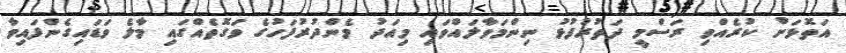
އަތޮޅަށް ކުރެއްވި ރަސްމީ ދަތުރުފުޅު ނިންމަވާލައްވައި މިއަދު މެންދުރުފަހުގެ ވަގޮތެއްގައި މާލެ ވަޑައިގެންފައިވާ